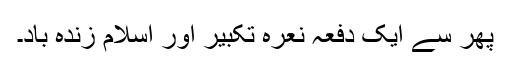
پھر سے ایک دفعہ نعرہ تکبیر اور اسلام زندہ باد۔